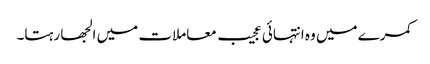
کمرے میں وہ انتہائی عجیب معاملات میں الجھا رہتا۔